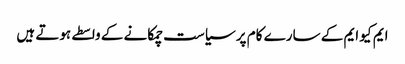
ایم کیو ایم کے سارے کام پر سیاست چمکانے کے واسطے ہوتے ہیں